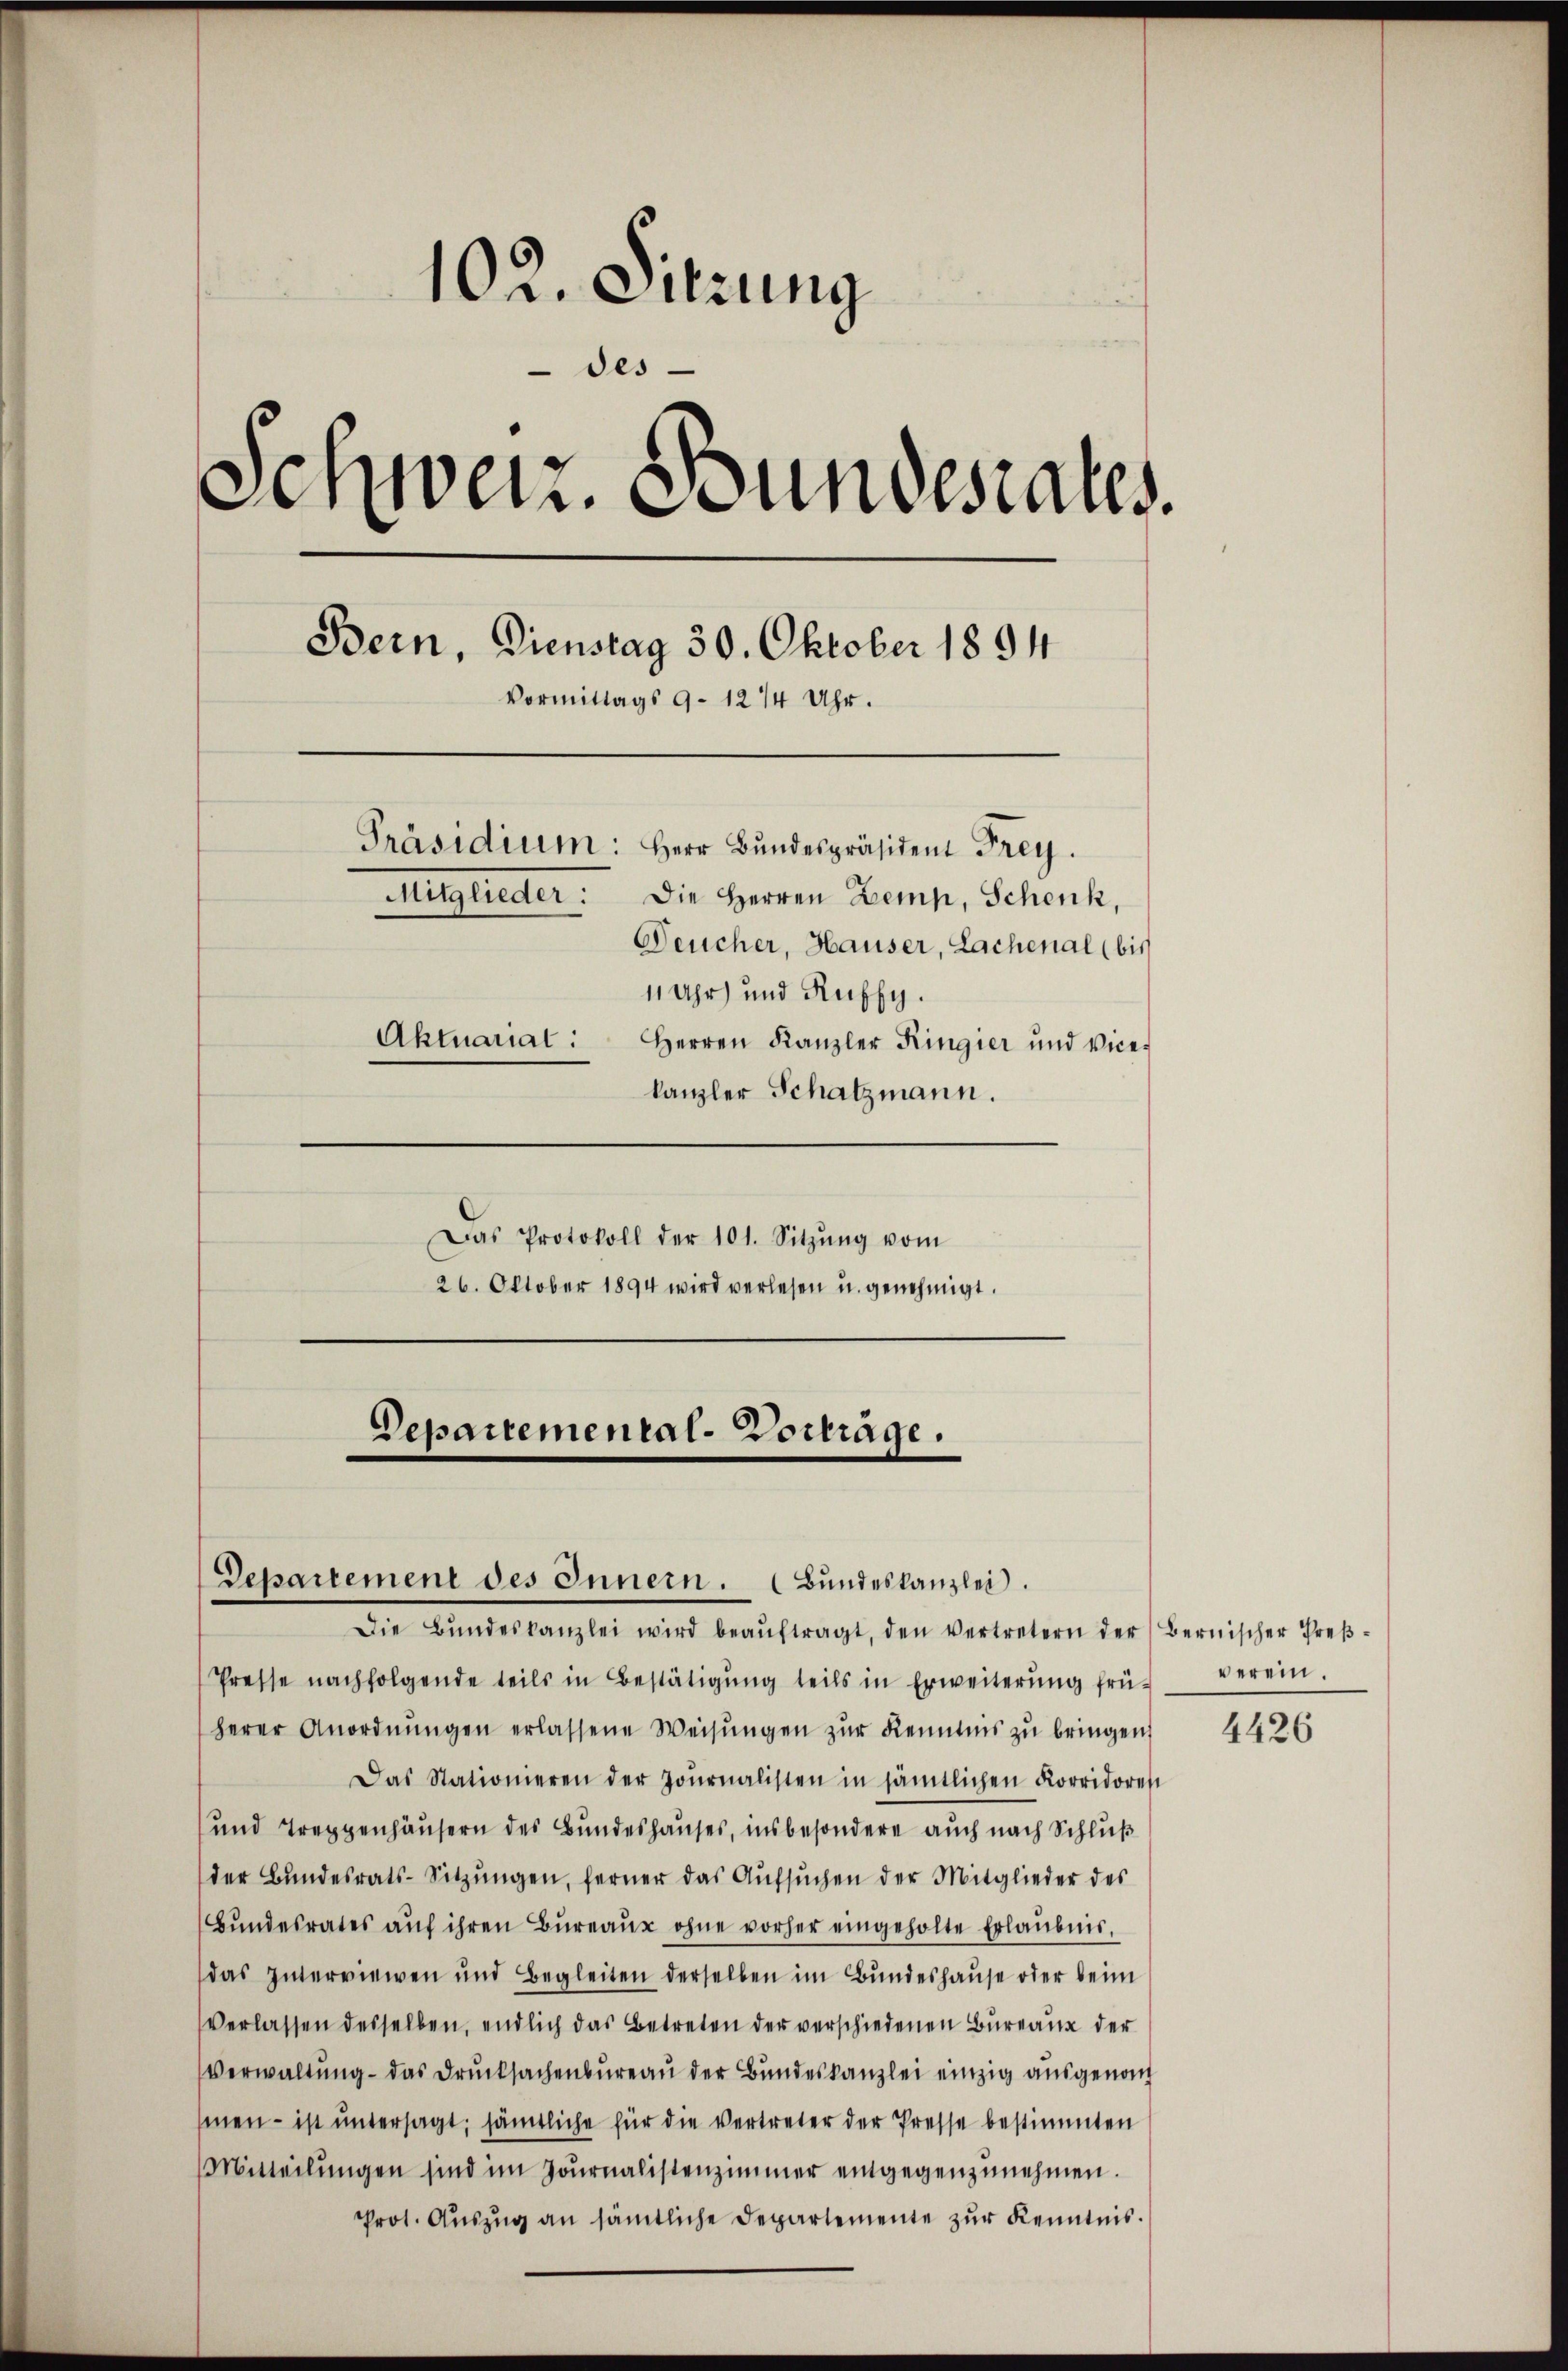
102. Sitzung
des
Schweiz. Bundesrates.
Bern, Dienstag 30. Oktober 1894
Vormittags 9 - 12/4 Uhr.
Präsidium: Herr Bŭndespräsident Frey.
Mitglieder: Die Herren Zemp, Schenk,
Feucher, Hauser, Lachenal (bis
11 Uhr) und Ruffy.
Aktuarial:
Herren Kanzler Ringier und Vicekanzler Schatzmann.
Das Protokoll der 101. Sitzŭng vom
26. Oktober 1894 wird verlesen u. genehmigt.

Departemental-Vorträge.

Departement des Innern. Bŭndeskanzlei.

Die Bŭndeskanzlei wird beaŭftragt, den vertretern der Bernischer Preβ-
Presse nachfolgende teils in Bestätigŭng teils in Erweiterŭng früh verein.
herer Anordnŭngen erlassene Weisŭngen zŭr Kenntnis zŭ bringen.
Das Stationieren der Journalisten in sämtlichen Korridores
und Treppenhäusern des Bundeshauses, insbesondere auch nach Schluß
der Bŭndesrats-Sitzŭngen, ferner das Aŭfsŭchen der Mitglieder des
Bŭndesrates aŭf ihren Büreaŭr ohne vorher eingeholte Erlaubnis,
das Intervieren und Begleiten derselben im Bundeshause oder beim
verlassen desselben, endlich das Betreten der verschiedenen Bureaux der
Verwaltŭng das Drŭcksachenbüreaŭ der Bundeskanzlei einzig ausgenom
smen – ist untersagt, sämtliche für die vertreter der Presse bestimmten
Mitteilŭngen sind im Journalistenzimmer entgegenzunehmen.
Prot. Aŭszŭg an sämtliche Departemente zŭr Kenntnis.

4426